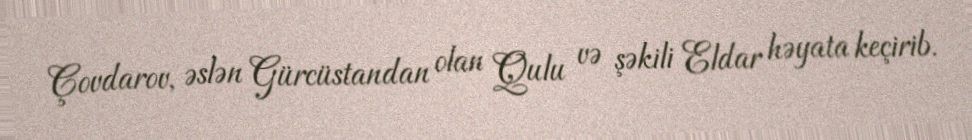
Çovdarov, əslən Gürcüstandan olan Qulu və şəkili Eldar həyata keçirib.